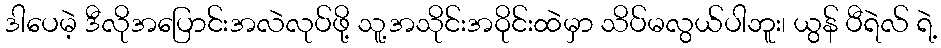
ဒါပေမဲ့ ဒီလိုအပြောင်းအလဲလုပ်ဖို့ သူ့အသိုင်းအဝိုင်းထဲမှာ သိပ်မလွယ်ပါဘူး၊ ယွန် ပီရဲလ် ရဲ့